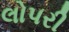
લોપરી